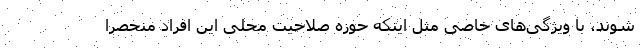
شوند،‌ با ویژگی‌های خاصی مثل اینکه حوزه صلاحیت محلی این افراد منحصراً